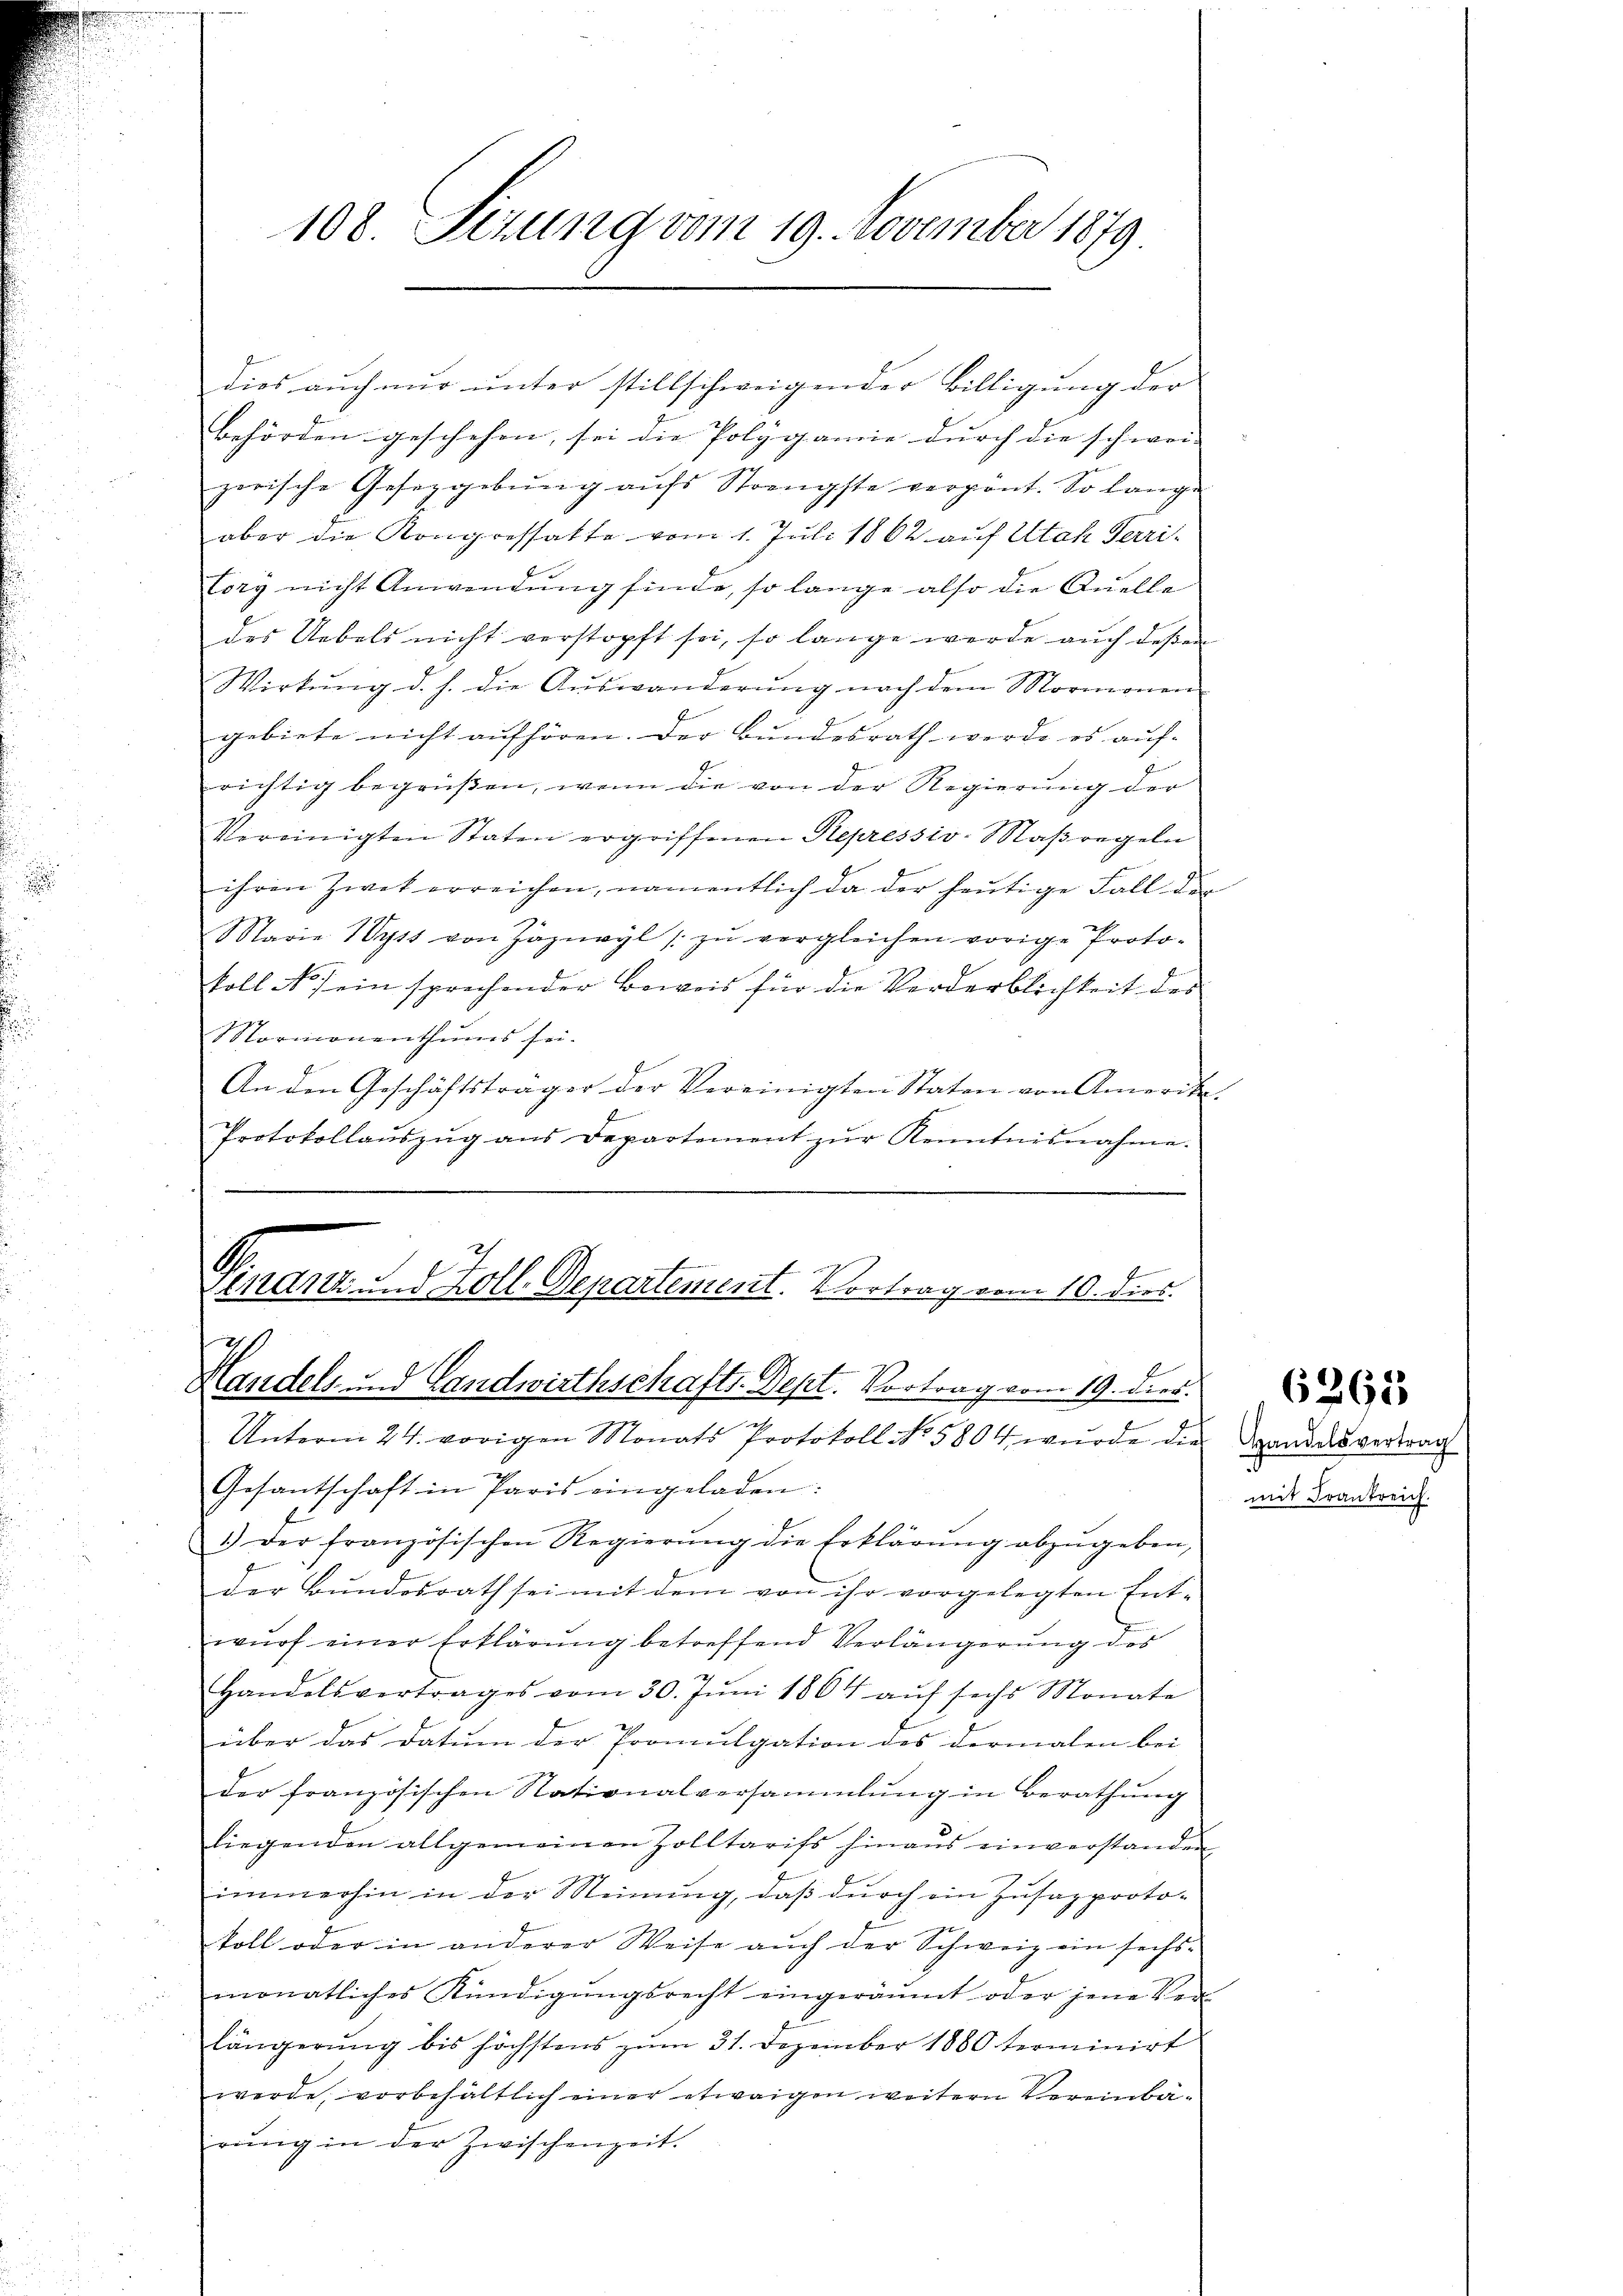
108. Sizung vom 19. November 1879

dies auch nur unter stillschweigender Billigung der
Behörden geschehen, sei die Polygamie durch die schwei- |
zerische Gesetzgebung aufs Strengste verpönt. So lange
aber die Kongressatte vom 1. Juli 1862 auf Utah Terri¬
Cory nicht Anwendung finde, so lange also die Quelle
des Uebels nicht verstopft sei, so lange werde aŭch deßen
Wirkŭng d. h. die Aŭswanderŭng nach dem Mormonen
gebiete nicht aufhören. Der Bundesrath werde es auf
richtig begrüßen, wenn die von der Regierung der
Vereinigten Staten ergriffenen Repressiv-Maßregeln
ihren Zwekerreichen, namentlich da der heŭtige Fall der
Marie Wyss von Zäzivyl zŭ vergleichen vorige Proto-
koll No. / ein sprechender Beweis für die Vorderblichkeit des
ormonenthums sei.
An den Geschäftsträger der Vereinigten Staten von Amerike
Protokollaŭszŭg ans Departement zŭr Kenntnisnahme.

.
G.
1

sind und Zoll. Departement. Vortrag vom 10. dies
1

Handels- und Landwirthschafts-Dept. Vortrag vom 19. dies
Unterm 24. vorigen Monats Protokoll No 5804 wurde die Sandesvertrag
Gesantschaft in Paris eingeladen:
1.) Der französischen Regierŭng die Erklärŭng abzŭgeben,
der Bŭndesrath sei mit dem von ihr vorgelegten Ent-
wŭrf einer Erklärŭng betreffend Verlängerŭng des
Handelsvertrages vom 30. Jŭni 1864 aŭf sechs Monate
über das Datum der Promulgation des dermalen bei
der französischen Nationalversammlung in Berathung
liegenden allgemeinen Zolltarifs hinaŭs einverstanden
immerhin in der Meinung, daß durch ein Zusapproto-
koll oder in anderer Weise aŭch der Schweiz ein sechs-
monatliches Kündigŭngsrecht eingeräumt oder jene Ver-
längerŭng bis höchstens zŭm 31. Dezember 1880 terminirt
werde, vorbehältlich einer etwaigen weitern Vereinbärŭng in der Zwischenzeit.

6265

mit Frankreich.